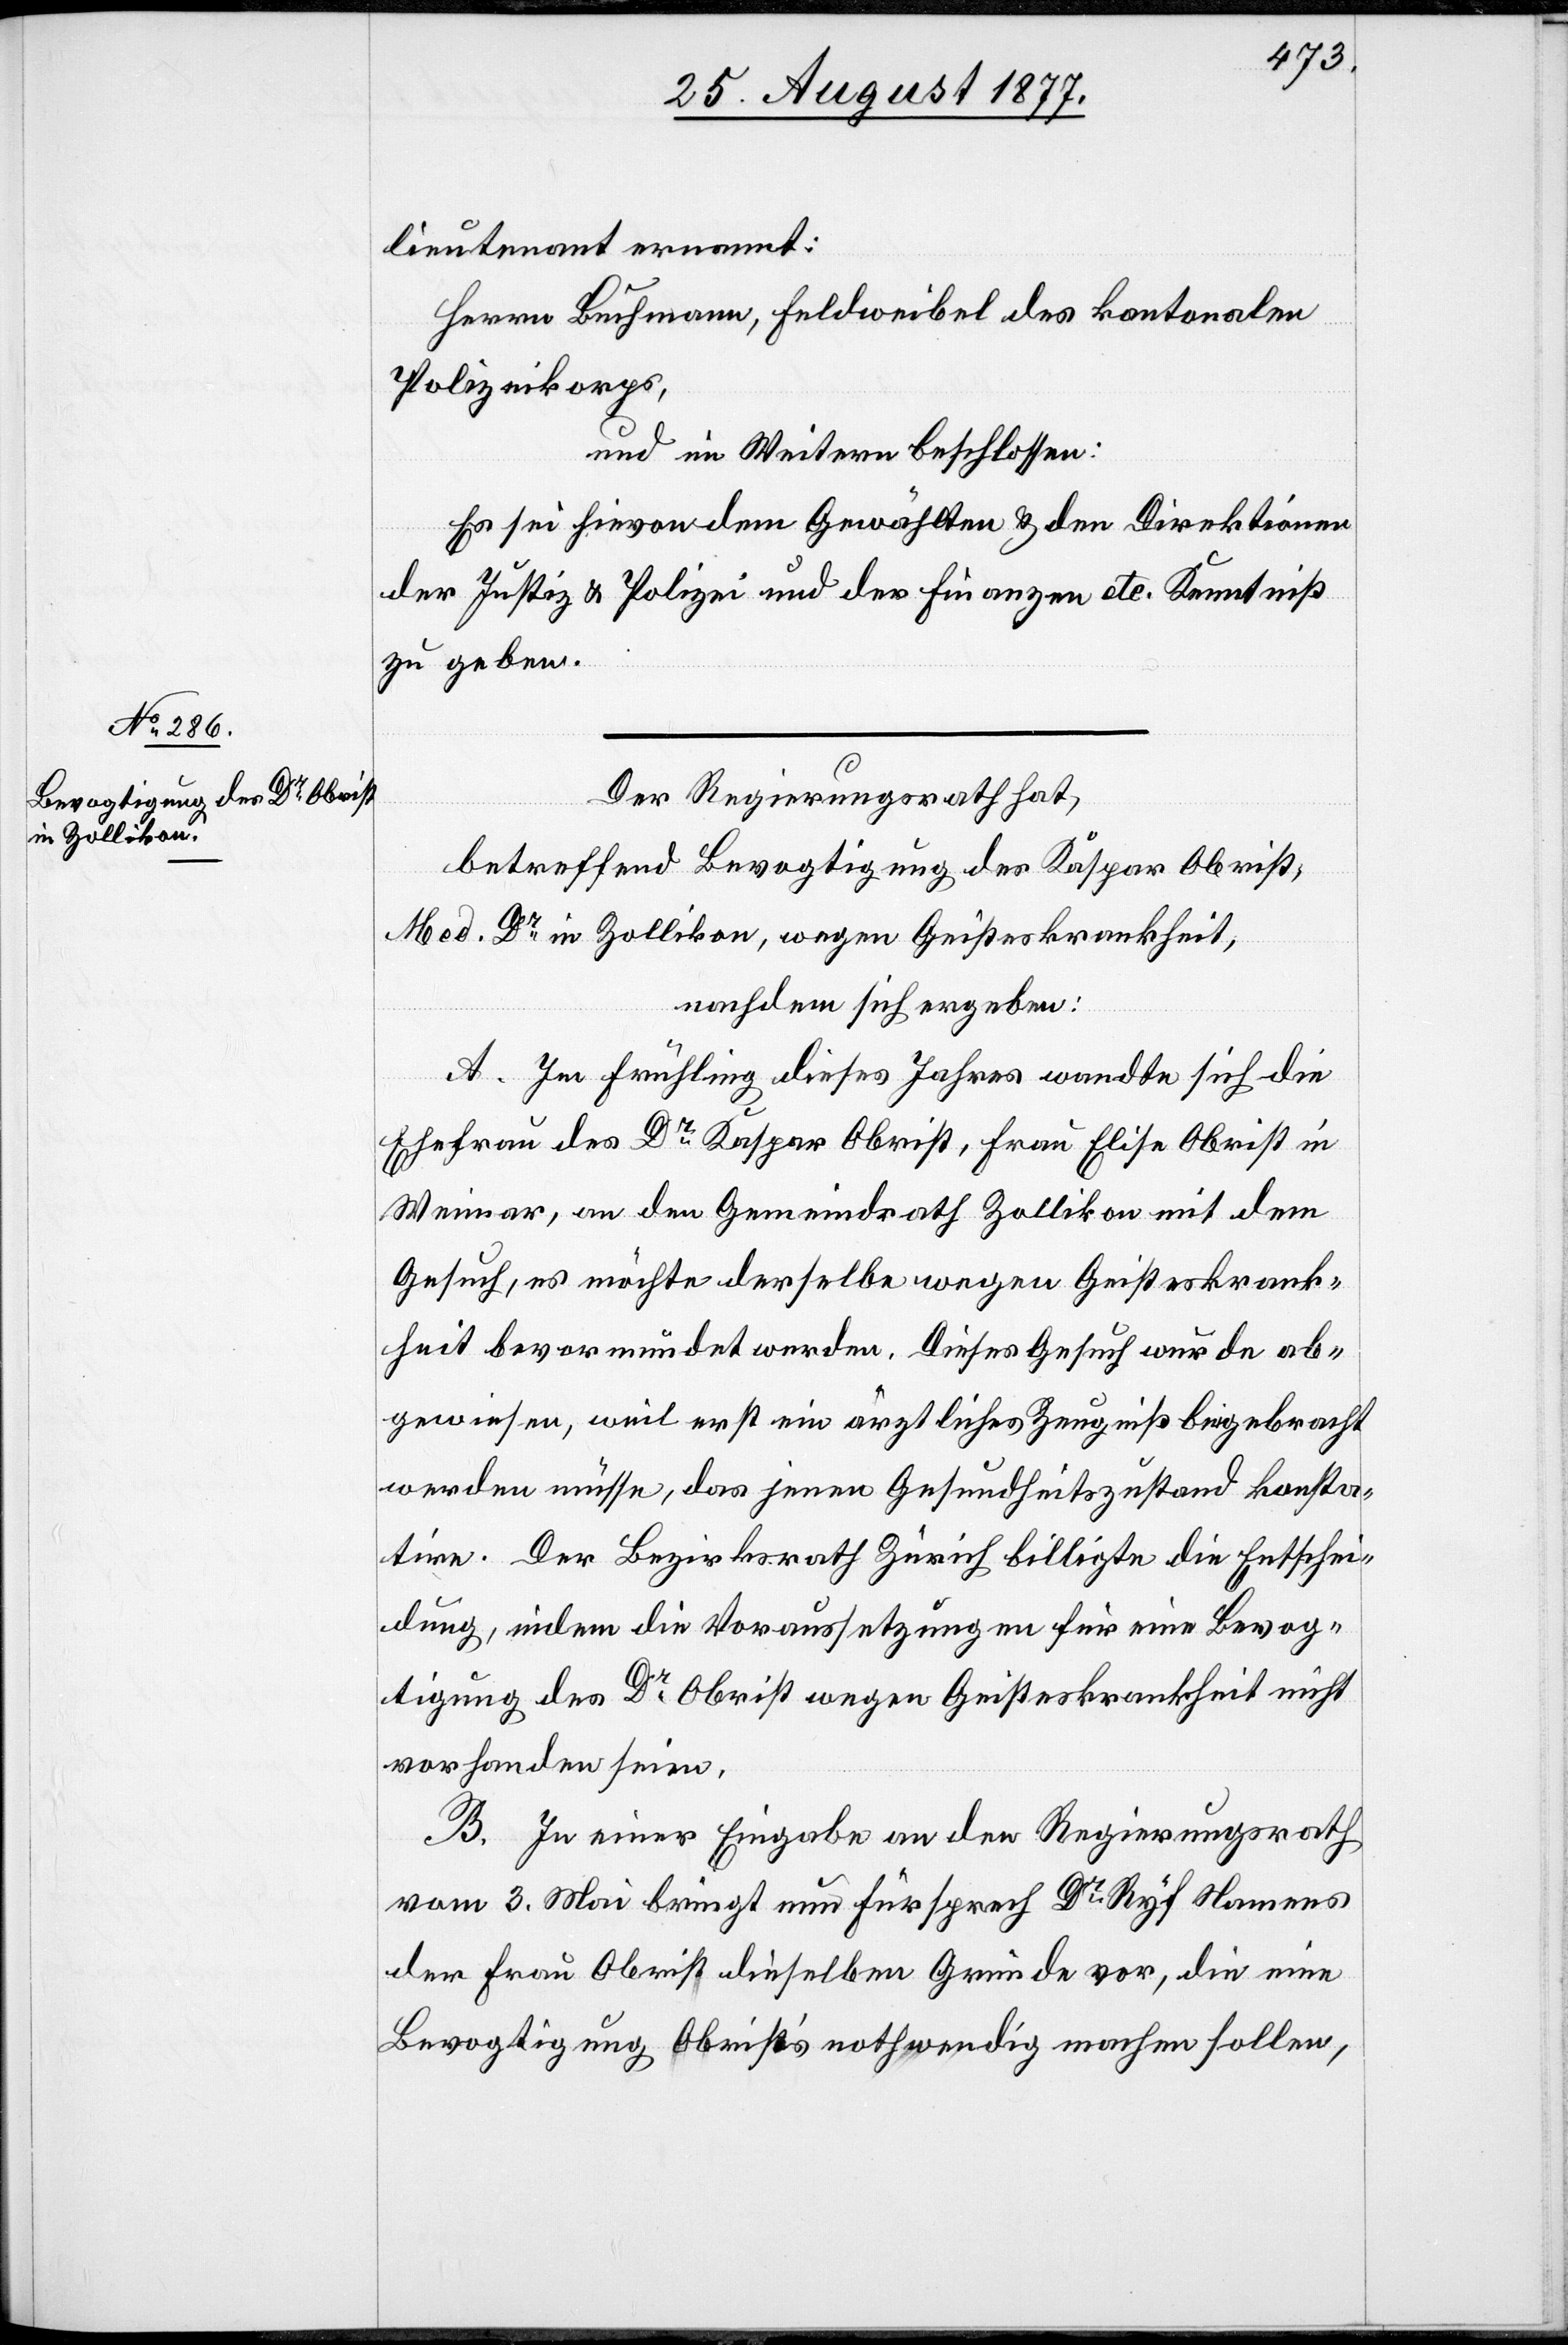
lieutenant ernannt:
Herrn Buchmann, Feldweibel des kantonalen
Polizeikorps,
und im Weitern beschlossen:
Es sei hievon dem Gewählten & den Direktionen
der Justiz & Polizei und der Finanzen etc. Kenntniß
zu geben.
Der Regierungsrath hat,
betreffend Bevogtigung des Kaspar Obrist,
Med. Dr in Zollikon, wegen Geisteskrankheit,
nachdem sich ergeben:
A. Im Frühling dieses Jahres wandte sich die
Ehefrau des Dr Kaspar Obrist, Frau Elise Obrist in
Weimar, an den Gemeindrath Zollikon mit dem
Gesuch, es möchte derselbe wegen Geisteskrank¬
heit bevormundet werden. Dieses Gesuch wurde ab¬
gewiesen, weil erst ein ärztliches Zeugniß beigebracht
werden müsse, das jenen Gesundheitszustand konsta¬
tire. Der Bezirksrath Zürich billigte die Entschei¬
dung, indem die Voraussetzungen für eine Bevog¬
tigung des Dr Obrist wegen Geisteskrankheit nicht
vorhanden seien.
B. In einer Eingabe an den Regierungsrath
vom 3. Mai bringt nun Fürsprech Dr Ryf Namens
der Frau Obrist dieselben Gründe vor, die eine
Bevogtigung Obrist’s nothwendig machen sollen,